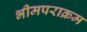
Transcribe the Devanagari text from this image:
भीमपराक्रम